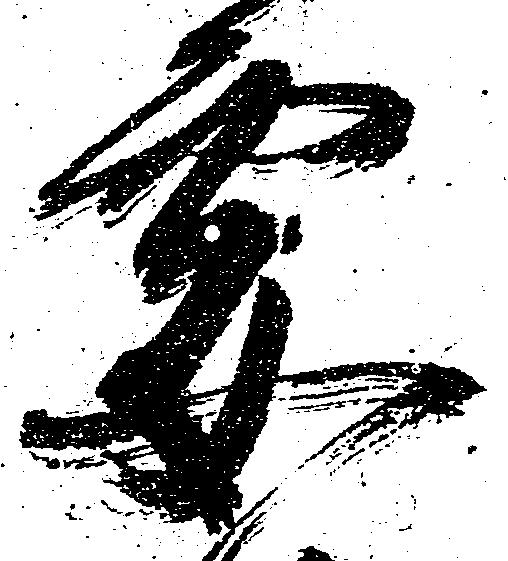
要